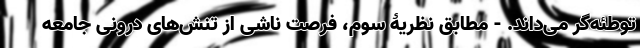
توطئه‌گر می‌داند. - مطابق نظریۀ سوم، فرصت ناشی از تنش‌های درونی جامعه